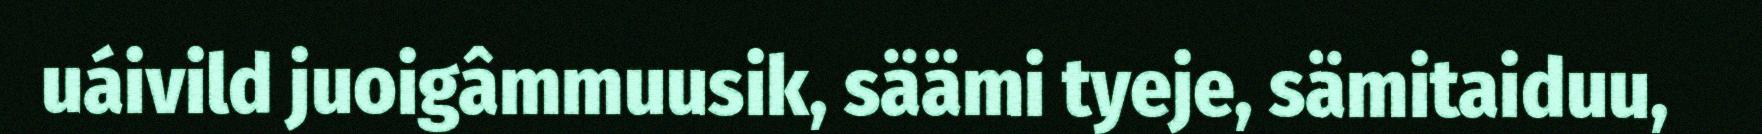
uáivild juoigâmmuusik, säämi tyeje, sämitaiduu,